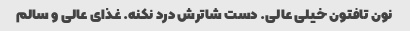
نون تافتون خیلی عالی. دست شاترش درد نکنه. غذای عالی و سالم